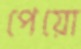
পেয়ো